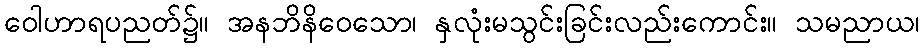
ဝေါဟာရပညတ်၌။ အနဘိနိဝေသော၊ နှလုံးမသွင်းခြင်းလည်းကောင်း။ သမညာယ၊